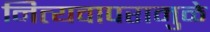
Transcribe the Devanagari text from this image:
नित्यवापरामुळे